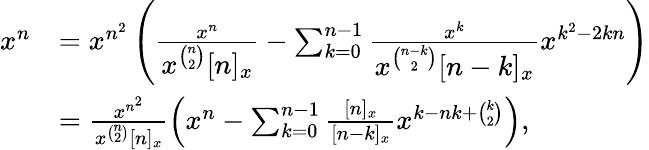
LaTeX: \begin{array}{rl}{x^{n}}&{=x^{n^{2}}\left(\frac{x^{n}}{\displaystyle x^{\binom{n}{2}}[n]_{x}}-\sum_{k=0}^{n-1}\frac{x^{k}}{\displaystyle x^{\binom{n-k}{2}}[n-k]_{x}}x^{k^{2}-2kn}\right)}\\ &{=\frac{x^{n^{2}}}{x^{\binom{n}{2}}[n]_{x}}\left(x^{n}-\sum_{k=0}^{n-1}\frac{[n]_{x}}{[n-k]_{x}}x^{k-nk+\binom{k}{2}}\right),}\end{array}